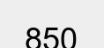
850